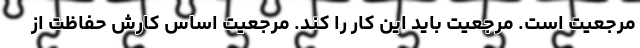
مرجعیت است. مرجعیت باید این کار را کند. مرجعیت اساس کارش حفاظت از